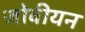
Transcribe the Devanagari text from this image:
जोवीयन